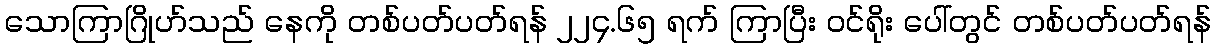
သောကြာဂြိုဟ်သည် နေကို တစ်ပတ်ပတ်ရန် ၂၂၄.၆၅ ရက် ကြာပြီး ဝင်ရိုး ပေါ်တွင် တစ်ပတ်ပတ်ရန်